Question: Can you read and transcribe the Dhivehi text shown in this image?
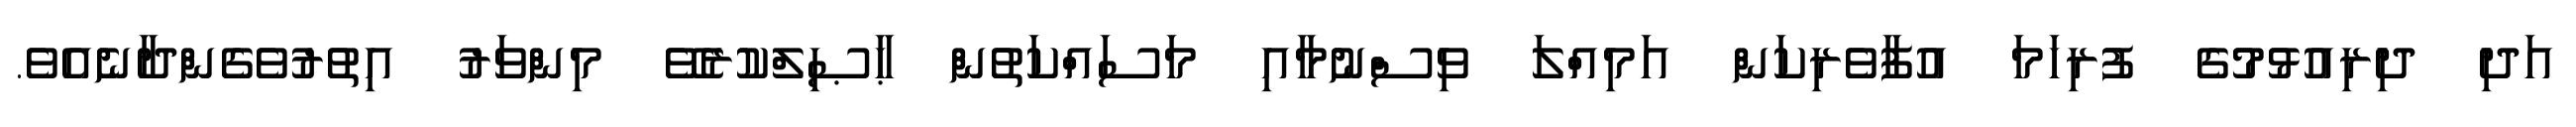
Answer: އަދި ދިރިއުޅުމުގެ ފުރިހަމަ އުފާވެރިކަން އަމިއްލަ ވިސްނުމާއި މަސައްކަތުން ޙާޞިލްކުރެވޭ މިންވަރު އިތުރުވެގެންދާނެއެވެ.